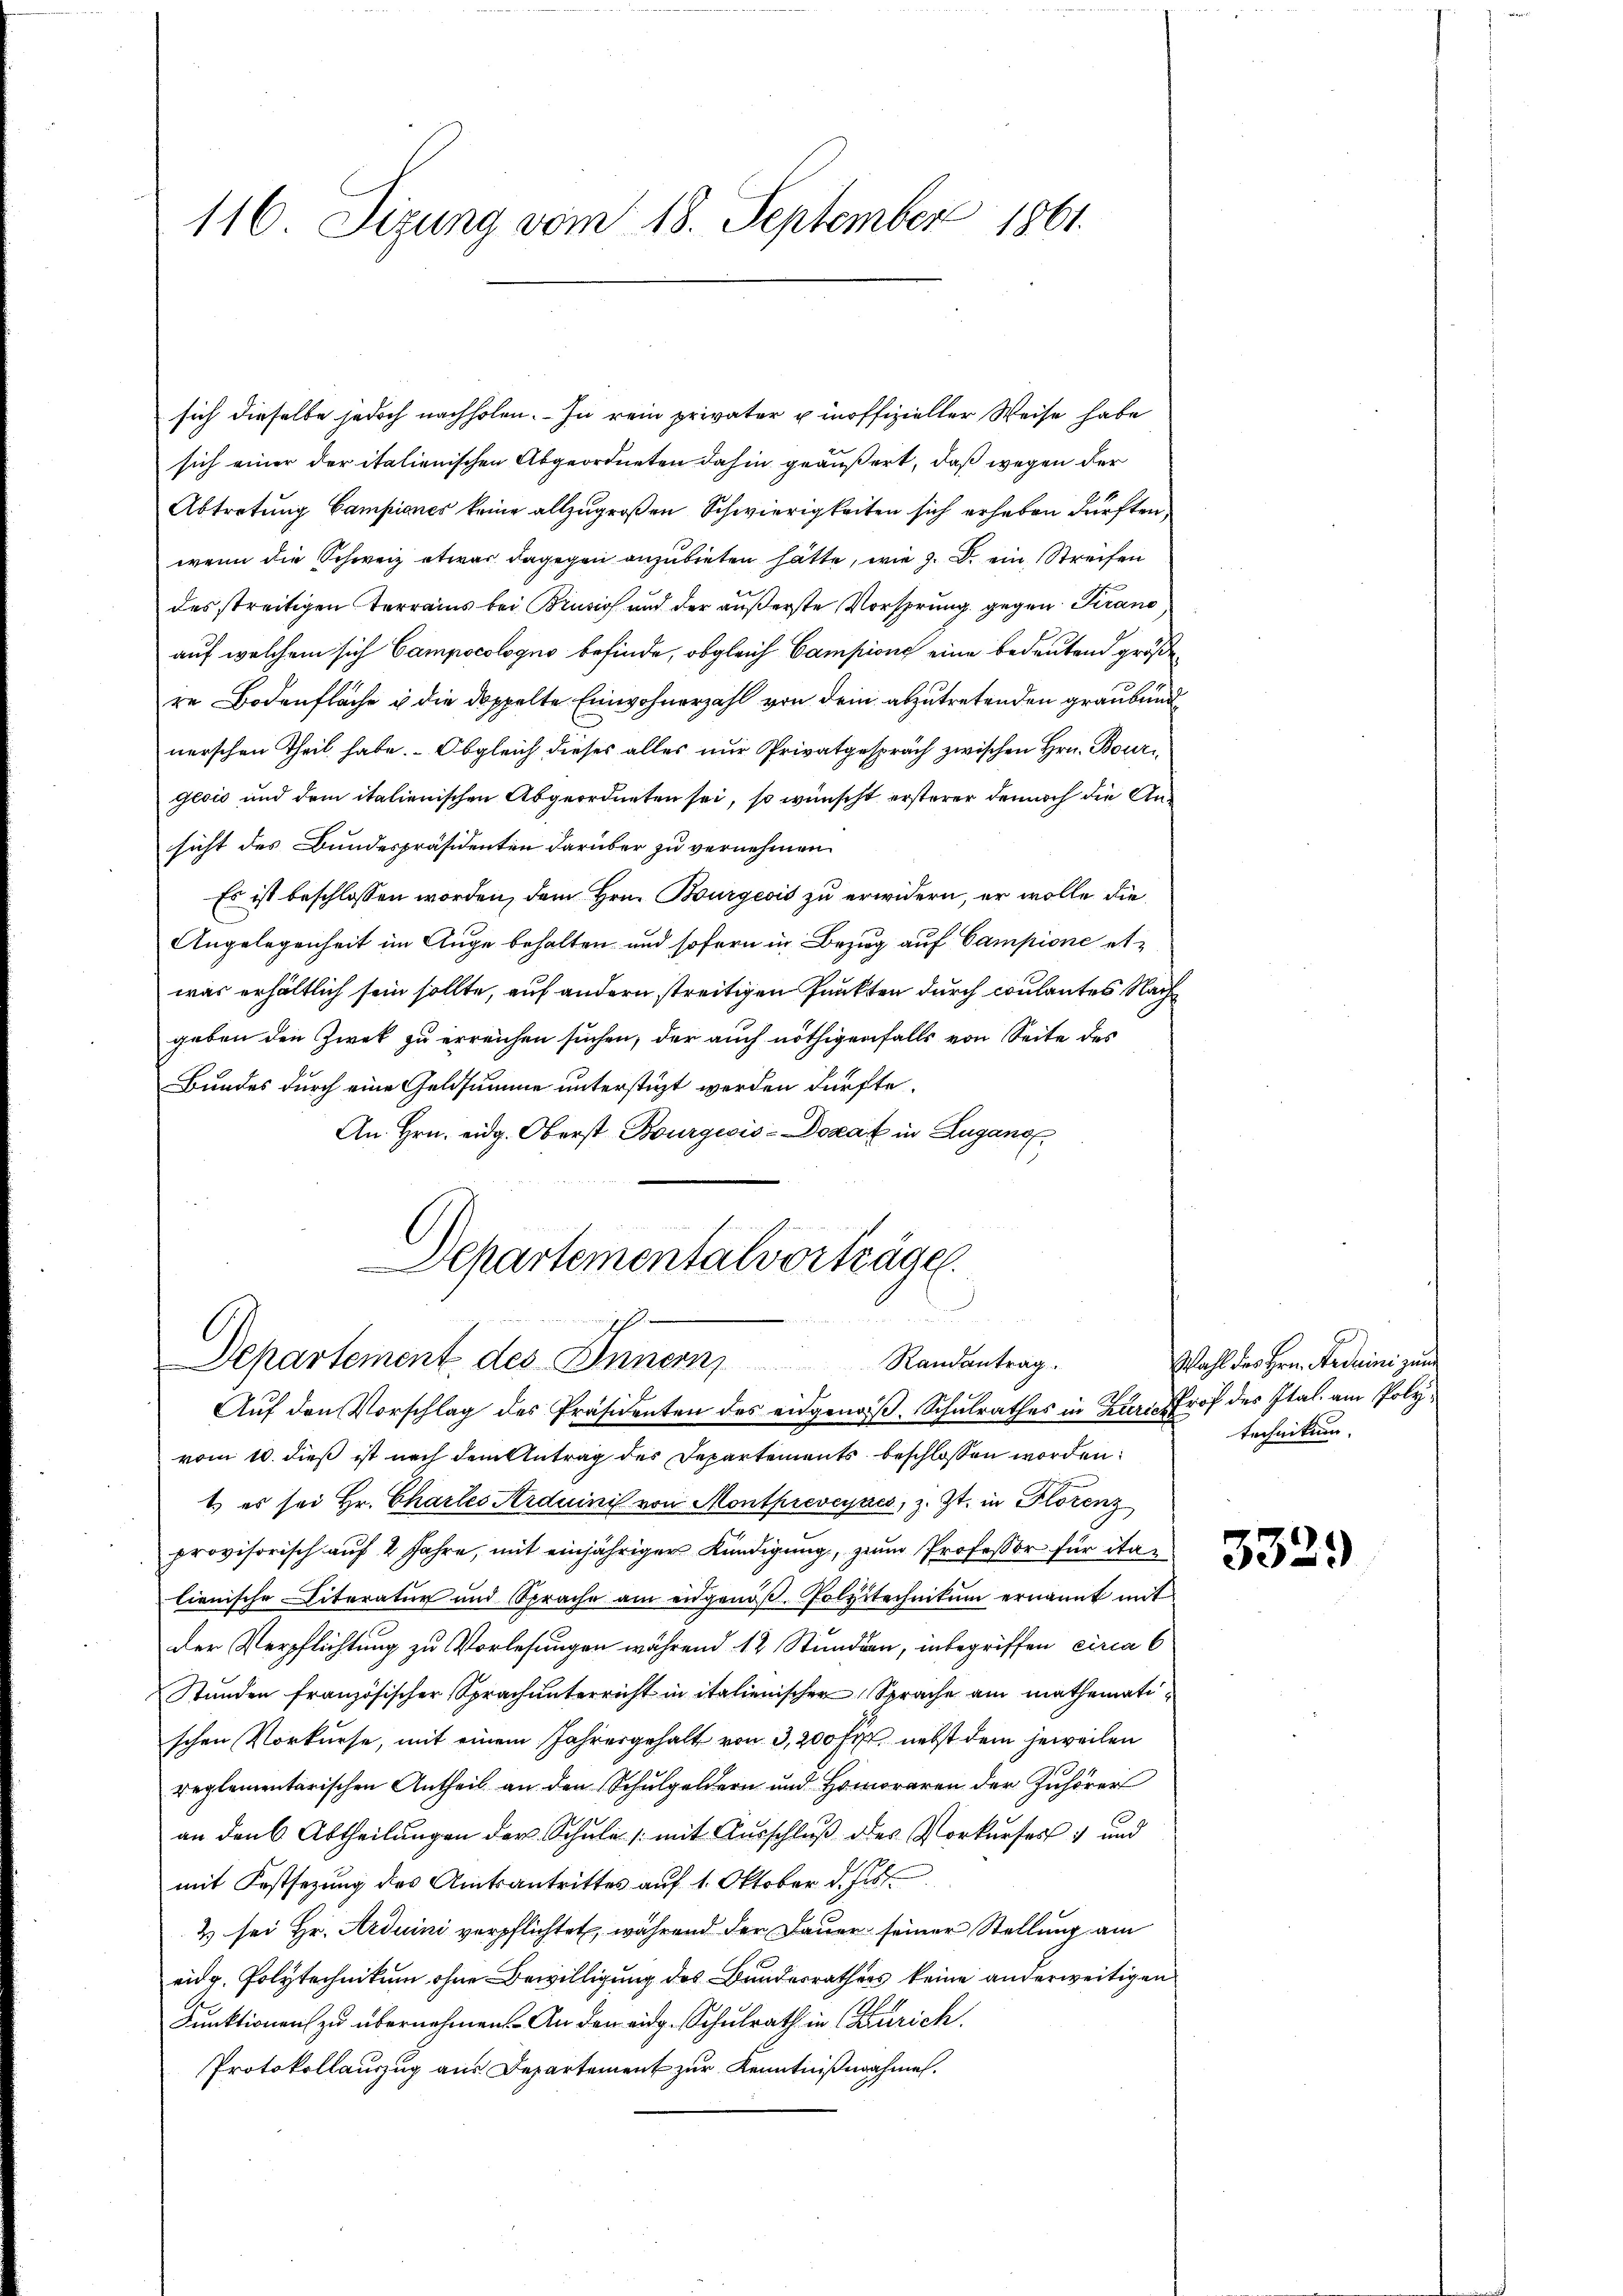
116. Sizung vom 18. September 1861.

sich dieselbe jedoch nachholen. – In rein privater u inoffizieller Weise habe
sich einer der italienischen Abgeordneten dahin geäußert, daß wegen der
Abtretung Campiones keine allzugroßen Schwierigkeiten sich erheben dürften,
wenn die Schweiz etwas dagegen anzubieten hätte, wie z. B. ein Streifen
des streitigen Terrains bei Brusich und der äußerste Vorsprung gegen Krano
auf welchem sich Campocologno befinde, obgleich Campione eine bedeutend größere Bodenfläche u die doppelte Einwohnerzahl von dem abzutretenden graubünd
nerschen Theil habe. Obgleich dieses alles nur Privatgespräch zwischen Hrn. Bouri
geois und dem italienischen Abgeordneten sei, so wünscht ersterer dennoch die Ansicht des Bundespräsidenten darüber zu vernehmen
Es ist beschlossen worden, dem Hrn. Bourgeois zu erwidern, er wolle die
Angelegenheit im Auge behalten und sofern in Bezug auf Campione etwas erhältlich sein sollte, auf andern streitigen Punkten durch coulantes Nachgeben den Zwek zu erreichen suchen, der auch nöthigenfalls von Seite des
Bundes durch eine Geldsumme unterstigt werden dürfte.
An Hrn. eidg. Oberst Bourgeois-Dozak in Lugano

Departementalvorträge.
E
h
Departement des Innern Randantrag
Auf den Vorschlag des Präsidenten des eidgenoß, Schulrathes in Zürich Prof des Ital am Poly¬

vom 10. dieß ist nach dem Antrag des Departements beschlossen worden.
1) es sei Hr. Chartes Arduinis von Monthreveyses, z. Zt. in Florenz
provisorisch auf 2 Jahre, mit einjähriger Kündigung, zum Professor für italienische Literatur und Sprache am eidgenoß. Polytechnikum ernannt mit
der Verpflichtung zu Vorlesungen während 12 Stunden, inbegriffen circa 6
Stunden französischer Sprach unterricht in italienischer Sprache am mathematischen Vorkurse, mit einem Jahresgehalt von 3,200 Fr. nebst dem jeweilen
reglementarischen Antheil an den Schulgeldern und Honoraren der Zuhörer
an den 6 Abtheilungen der Schule (mit Ausschluß des Vorkurses und
mit Festsezung des Amtsantrittes auf 1. Oktober d. Js.
2 sei Hr. Arduini verpflichtet, während der Dauer seiner Stellung am
eidg. Polytechnikum ohne Bewilligung des Bundesrathes keine anderweitigen
Funktionen zu übernehmen. An den eidg. Schulrath in (Zürich.
Protokollauszug aus Departement zur Kenntnißnahmen.

Wahl des Hrn. Andrini zum
technikum.

3329